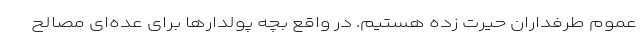
عموم طرفداران حیرت زده هستیم. در واقع بچه پولدارها برای عده‌ای مصالح